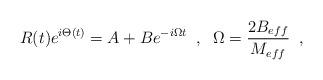
LaTeX: \begin{align*} R(t)e^{i\Theta(t)}=A+Be^{-i\Omega t} \;\;,\;\; \Omega=\frac{2 B_{eff}}{M_{eff}} \;\;,\end{align*}